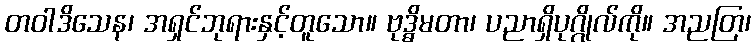
တဝါဒိသေန၊ အရှင်ဘုရားနှင့်တူသော။ ဗုဒ္ဓိမတာ၊ ပညာရှိပုဂ္ဂိုလ်ကို။ အညတြ၊